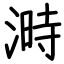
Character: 溡